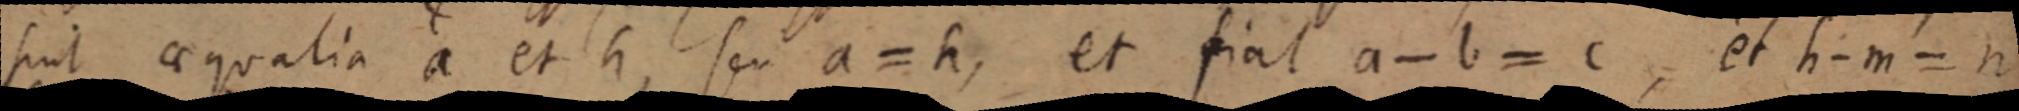
sint aequalia a et h, seu a = h, et fiat a - b = c, et h - m = n